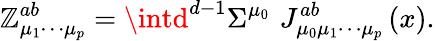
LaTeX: \mathbb{Z}_{\mu_{1}\cdots\mu_{p}}^{ab}=\intd^{d-1}\Sigma^{\mu_{0}}\, \, J_{\mu_{0}\mu_{1}\cdots\mu_{p}}^{ab}\left(x\right).